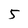
Character: 5